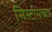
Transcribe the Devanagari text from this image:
सिस्टीमच्या